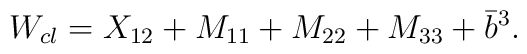
W_{cl}  = X_{1 2} + M_{1 1} + M_{2 2} + M_{3 3} + \bar{b}^3.